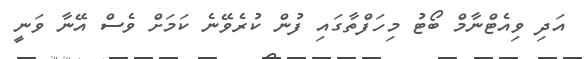
އަދި ވިއެޓްނާމް ބޯޓު މިހަފްތާގައި ފުން ކުރެވޭނެ ކަމަށް ވެސް އޭނާ ވަނީ